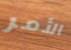
الأمر